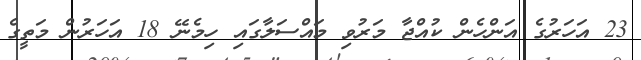
23 އަހަރުގެ އަންހެން ކުއްޖާ މަރުވި މައްސަލާގައި ހިމެނޭ 18 އަހަރުން މަތީގެ